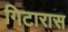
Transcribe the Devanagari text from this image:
गिटारास